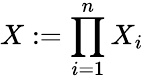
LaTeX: X:=\prod_{i=1}^{n}X_{i}